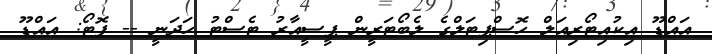
އައްޑޫ އިކުއިޓޯރިއަލް ހޮސްޕިޓަލްގެ ލެބޯޓަރީން ޕީސީއާރު ޓެސްޓު ހަދަނީ -- ފޮޓޯ: އައްޑޫ